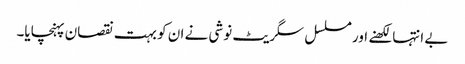
بے انتہا لکھنے اور مسلسل سگریٹ نوشی نے ان کو بہت نقصان پہنچایا۔